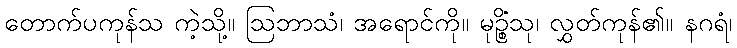
တောက်ပကုန်သ ကဲ့သို့။ ဩဘာသံ၊ အရောင်ကို။ မုဉ္စိံသု၊ လွှတ်ကုန်၏။ နဂရံ၊